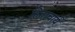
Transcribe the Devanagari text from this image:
हिताचार्य